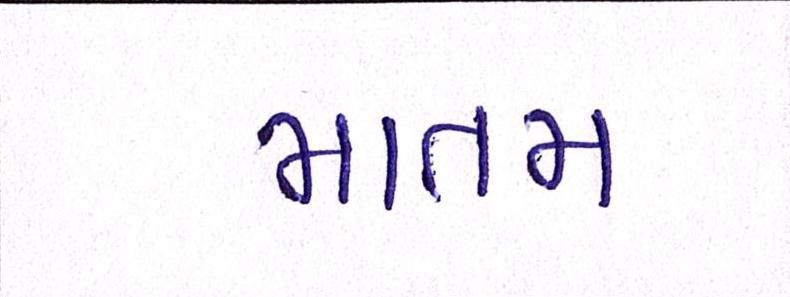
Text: માતમ